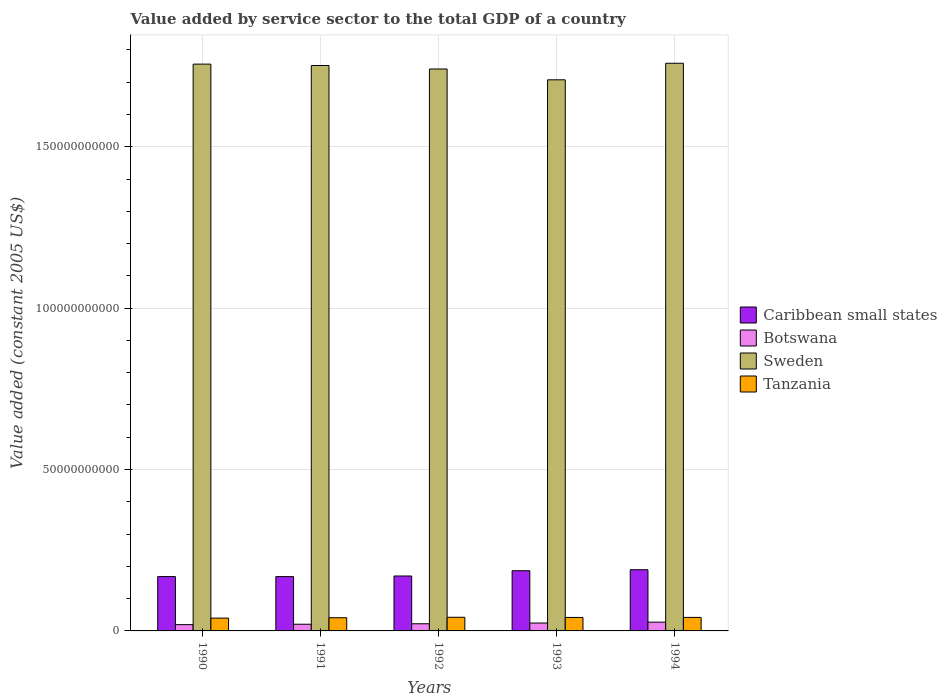
| Years | Caribbean small states | Botswana | Sweden | Tanzania |
 | --- | --- | --- | --- | --- |
 | 1990 | 1.68e+10 | 1.95e+09 | 1.76e+11 | 3.97e+09 |
 | 1991 | 1.68e+10 | 2.07e+09 | 1.75e+11 | 4.09e+09 |
 | 1992 | 1.7e+10 | 2.22e+09 | 1.74e+11 | 4.23e+09 |
 | 1993 | 1.87e+10 | 2.44e+09 | 1.71e+11 | 4.18e+09 |
 | 1994 | 1.9e+10 | 2.71e+09 | 1.76e+11 | 4.19e+09 |